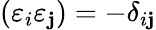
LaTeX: (\varepsilon_{i}\varepsilon_{\mathbf{j}})=-\delta_{i\mathbf{j}}